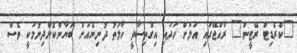
"ކްރެޑިޓް ރޭޓީން" ރާއްޖޭގައި އަލަށް ހަދައި އިގްތިސާދީ ހާލަތު ދުނިޔެއަށް ބަޔާންކޮށްދިނުމަކީ ވެސް